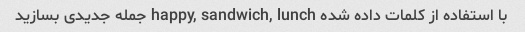
با استفاده از کلمات داده شده happy, sandwich, lunch جمله جدیدی بسازید